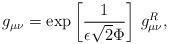
LaTeX: \begin{align*}g_{\mu\nu}= \exp \left[\frac{1}{\epsilon\sqrt{2}\Phi} \right]\,g_{\mu\nu}^R,\end{align*}